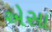
એસા